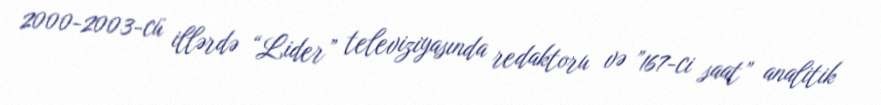
2000-2003-cü illərdə “Lider” televiziyasında redaktoru və ”167-ci saat” analitik